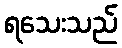
ရသေးသည်